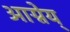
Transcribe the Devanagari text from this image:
आग्नेय्